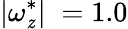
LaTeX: |\omega_{\mathit{z}}^{*}|\; =1.0